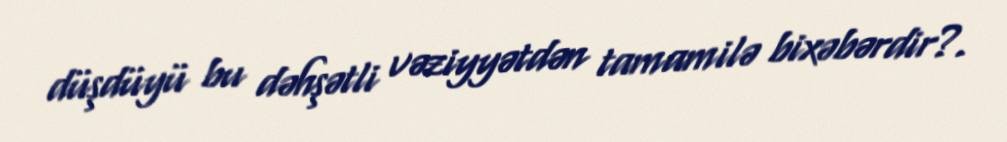
düşdüyü bu dəhşətli vəziyyətdən tamamilə bixəbərdir?.